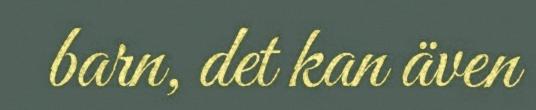
barn, det kan även